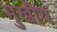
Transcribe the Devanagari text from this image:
मुखीय